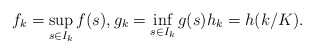
\begin{align*} f_k = \sup_{s \in I_k} f(s), g_k = \inf_{s \in I_k} g(s) h_k = h(k/K).\end{align*}